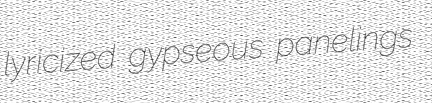
lyricized gypseous panelings